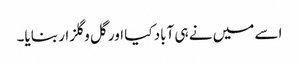
اسے میں نے ہی آباد کیا اور گل و گلزار بنایا۔